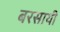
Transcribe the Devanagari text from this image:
बरसायी